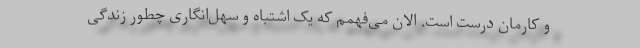
و کارمان درست است. الان می‌فهمم که یک اشتباه و سهل‌انگاری چطور زندگی